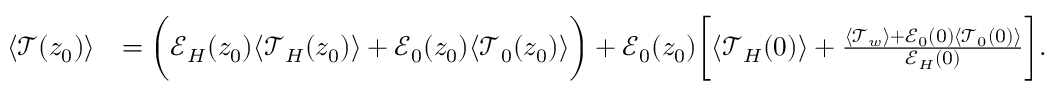
\begin{array} { r l } { \langle \mathcal { T } ( z _ { 0 } ) \rangle } & { = \biggl ( \mathcal { E } _ { H } ( z _ { 0 } ) \langle \mathcal { T } _ { H } ( z _ { 0 } ) \rangle + \mathcal { E } _ { 0 } ( z _ { 0 } ) \langle \mathcal { T } _ { 0 } ( z _ { 0 } ) \rangle \biggr ) + \mathcal { E } _ { 0 } ( z _ { 0 } ) \biggl [ \langle \mathcal { T } _ { H } ( 0 ) \rangle + \frac { \langle \mathcal { T } _ { w } \rangle + \mathcal { E } _ { 0 } ( 0 ) \langle \mathcal { T } _ { 0 } ( 0 ) \rangle } { \mathcal { E } _ { H } ( 0 ) } \biggr ] . } \end{array}